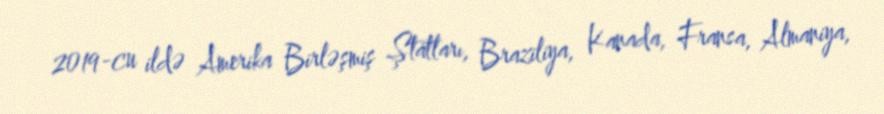
2019-cu ildə Amerika Birləşmiş Ştatları, Braziliya, Kanada, Fransa, Almaniya,